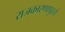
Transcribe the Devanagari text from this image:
राजकारणापुढचे